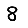
Digit: 8